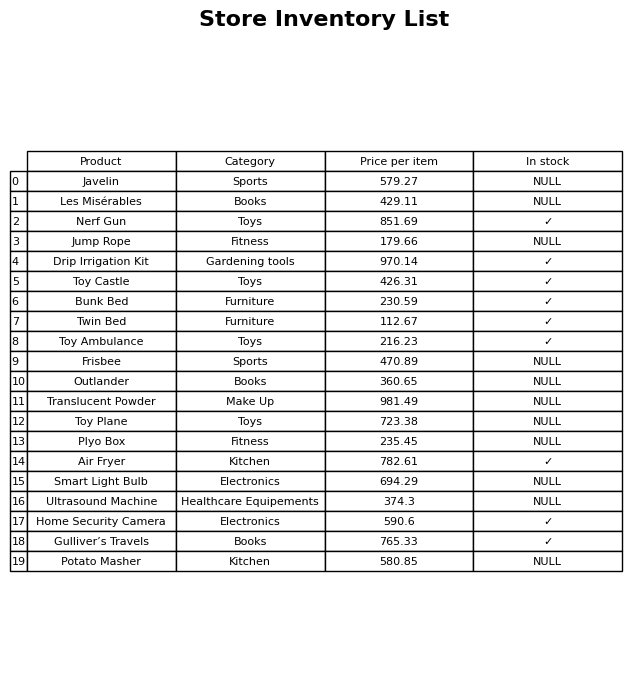
question: What is the price for Les Misérables?
answer: The price of Les Misérables is 429.11.